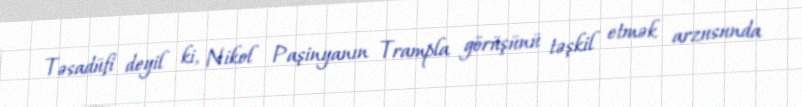
Təsadüfi deyil ki, Nikol Paşinyanın Trampla görüşünü təşkil etmək arzusunda